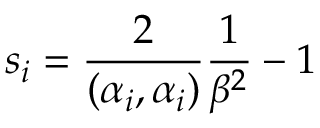
s _ { i } = \frac { 2 } { ( \alpha _ { i } , \alpha _ { i } ) } \frac { 1 } { \beta ^ { 2 } } - 1